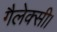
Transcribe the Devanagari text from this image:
गैलेक्सी।